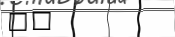
٢٨